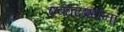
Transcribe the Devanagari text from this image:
एकादश्यंना